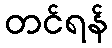
တင်ရန်